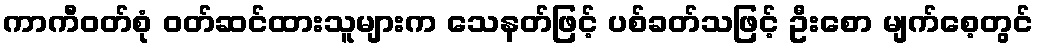
ကာကီဝတ်စုံ ဝတ်ဆင်ထားသူများက သေနတ်ဖြင့် ပစ်ခတ်သဖြင့် ဦးစော မျက်စေ့တွင်